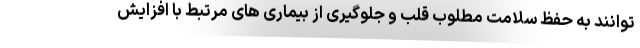
توانند به حفظ سلامت مطلوب قلب و جلوگیری از بیماری های مرتبط با افزایش